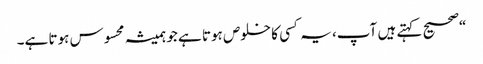
“صحیح کہتے ہیں آپ، یہ کسی کا خلوص ہوتا ہے جو ہمیشہ محسوس ہوتا ہے۔